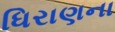
ધિરાણના